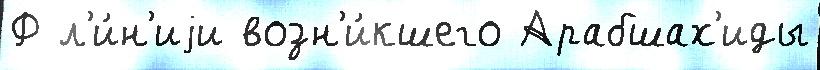
Ф л'и́н'иjи возн'и́кшего Арабшах'иды